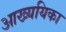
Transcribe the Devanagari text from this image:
आख्ययिका